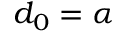
d _ { 0 } = \alpha